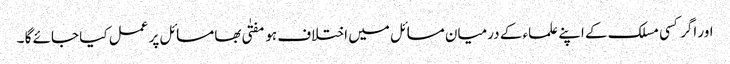
اور اگر کسی مسلک کے اپنے علماء کے درمیان مسائل میں اختلاف ہو مفتٰی بھا مسائل پر عمل کیا جائے گا ۔